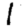
Digit: 1